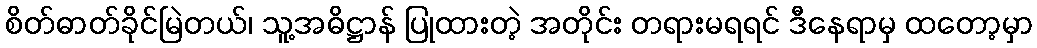
စိတ်ဓာတ်ခိုင်မြဲတယ်၊ သူ့အဓိဋ္ဌာန် ပြုထားတဲ့ အတိုင်း တရားမရရင် ဒီနေရာမှ ထတော့မှာ